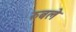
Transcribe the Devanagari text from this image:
रुबले